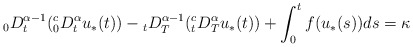
\begin{align*}{}_0 D_t^{\alpha-1}({}_0^c D_t^{\alpha} u_*(t)) - {}_t D_T^{\alpha-1}({}_t^cD_T^{\alpha} u_*(t)) + \int_0^t f(u_*(s))ds = \kappa \end{align*}